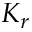
K _ { r }